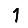
Digit: 1